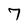
Character: 7